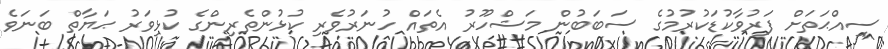
ސިއްޙަތަށް ފަރުވާކުޑަކުރުމުގެ ސަބަބުން މަޝްހޫރު އެތައް ހުނަރުވެރި ކުޅުންތެރިންގެ ކުޅިވަރު ޙަޔާތް ބަނަވެ